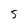
Character: 5